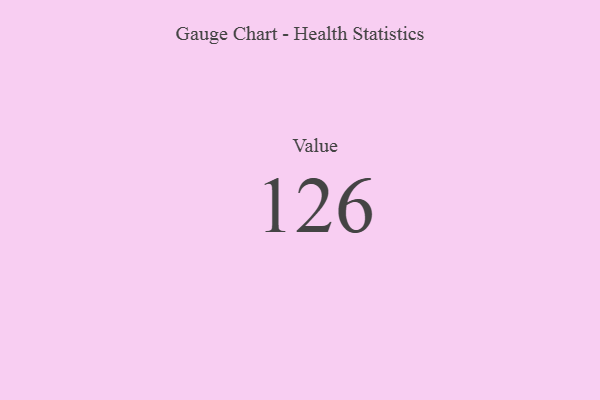
{"axis": {"x": "Metric", "y": "Value"}, "legend": [""], "data": [{"x": "Value", "y": 126, "type": ""}]}